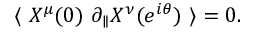
\langle \ X ^ { \mu } ( 0 ) \ \partial _ { \parallel } X ^ { \nu } ( e ^ { i \theta } ) \ \rangle = 0 .